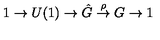
1 \to U ( 1 ) \to \hat { G } \stackrel { \rho } { \to } G \to 1